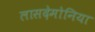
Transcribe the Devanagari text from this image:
लासदेमोनिया